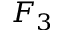
F _ { 3 }